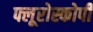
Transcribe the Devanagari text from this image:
फ्लूरोस्कोपी